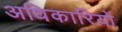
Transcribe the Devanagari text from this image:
अधिकारिय़ों